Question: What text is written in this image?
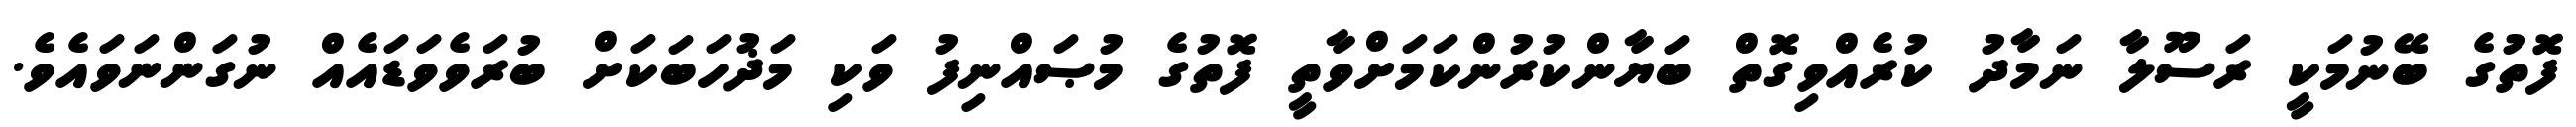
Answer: ފޮތުގެ ބޭނުމަކީ ރަސޫލާ ނަމާދު ކުރެއްވިގޮތް ބަޔާންކުރުންކަމަށްވާތީ ފޮތުގެ މުޞައްނިފު ވަކި މަޛުހަބަކަށް ބުރަވެވަޑައެއް ނުގަންނަވައެވެ.